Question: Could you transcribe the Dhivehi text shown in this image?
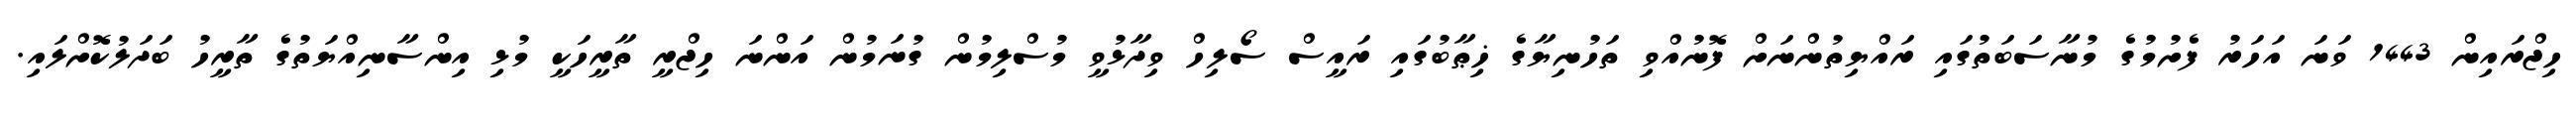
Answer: ހިޖްރައިން 1443 ވަނަ އަހަރު ފެށުމުގެ މުނާސަބަތުގައި ރައްޔިތުންނަށް ފޮނުއްވި ތަހުނިޔާގެ ޚިޠާބުގައި ރައީސް ސޯލިހް ވިދާޅުވީ މުސްލިމުން ގުނަމުން އަންނަ ހިޖްރީ ތާރީހަކީ މުޅި އިންސާނިއްޔަތުގެ ތާރީހު ބަދަލުކޮށްލައި.